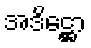
အဒိဋ္ဌော